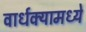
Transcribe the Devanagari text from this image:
वार्धक्यामध्ये